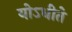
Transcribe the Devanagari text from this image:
योऽधीते